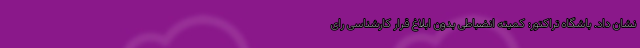
نشان داد. باشگاه تراکتور: کمیته انضباطی بدون ابلاغ قرار کارشناسی رای